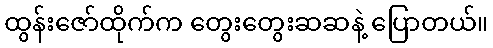
ထွန်းဇော်ထိုက်က တွေးတွေးဆဆနဲ့ ပြောတယ်။